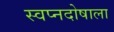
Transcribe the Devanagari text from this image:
स्वप्नदोषाला